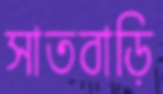
সাতবাড়ি